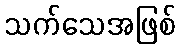
သက်သေအဖြစ်